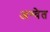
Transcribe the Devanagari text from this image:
अश्‍वेत